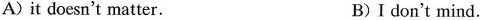
A) it doesn't matter. B) Ⅰdon't mind.